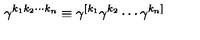
\gamma ^ { k _ { 1 } k _ { 2 } \cdots k _ { n } } \equiv \gamma ^ { [ k _ { 1 } } \gamma ^ { k _ { 2 } } \cdots \gamma ^ { k _ { n } ] }